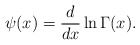
\begin{align*}\psi(x)=\frac{d}{d x}\ln{\Gamma(x)}.\end{align*}